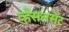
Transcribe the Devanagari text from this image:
व्हेसलसॅट